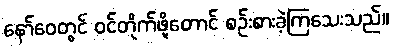
နော်ဝေတွင် ဝင်တိုက်ဖို့တောင် စဉ်းစားခဲ့ကြသေးသည်။